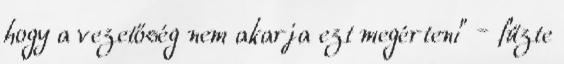
hogy a vezetőség nem akarja ezt megérteni” – fűzte